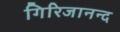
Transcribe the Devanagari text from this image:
गिरिजानन्द